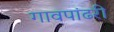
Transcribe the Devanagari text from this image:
गावपांढरी